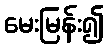
မေးမြန်း၍